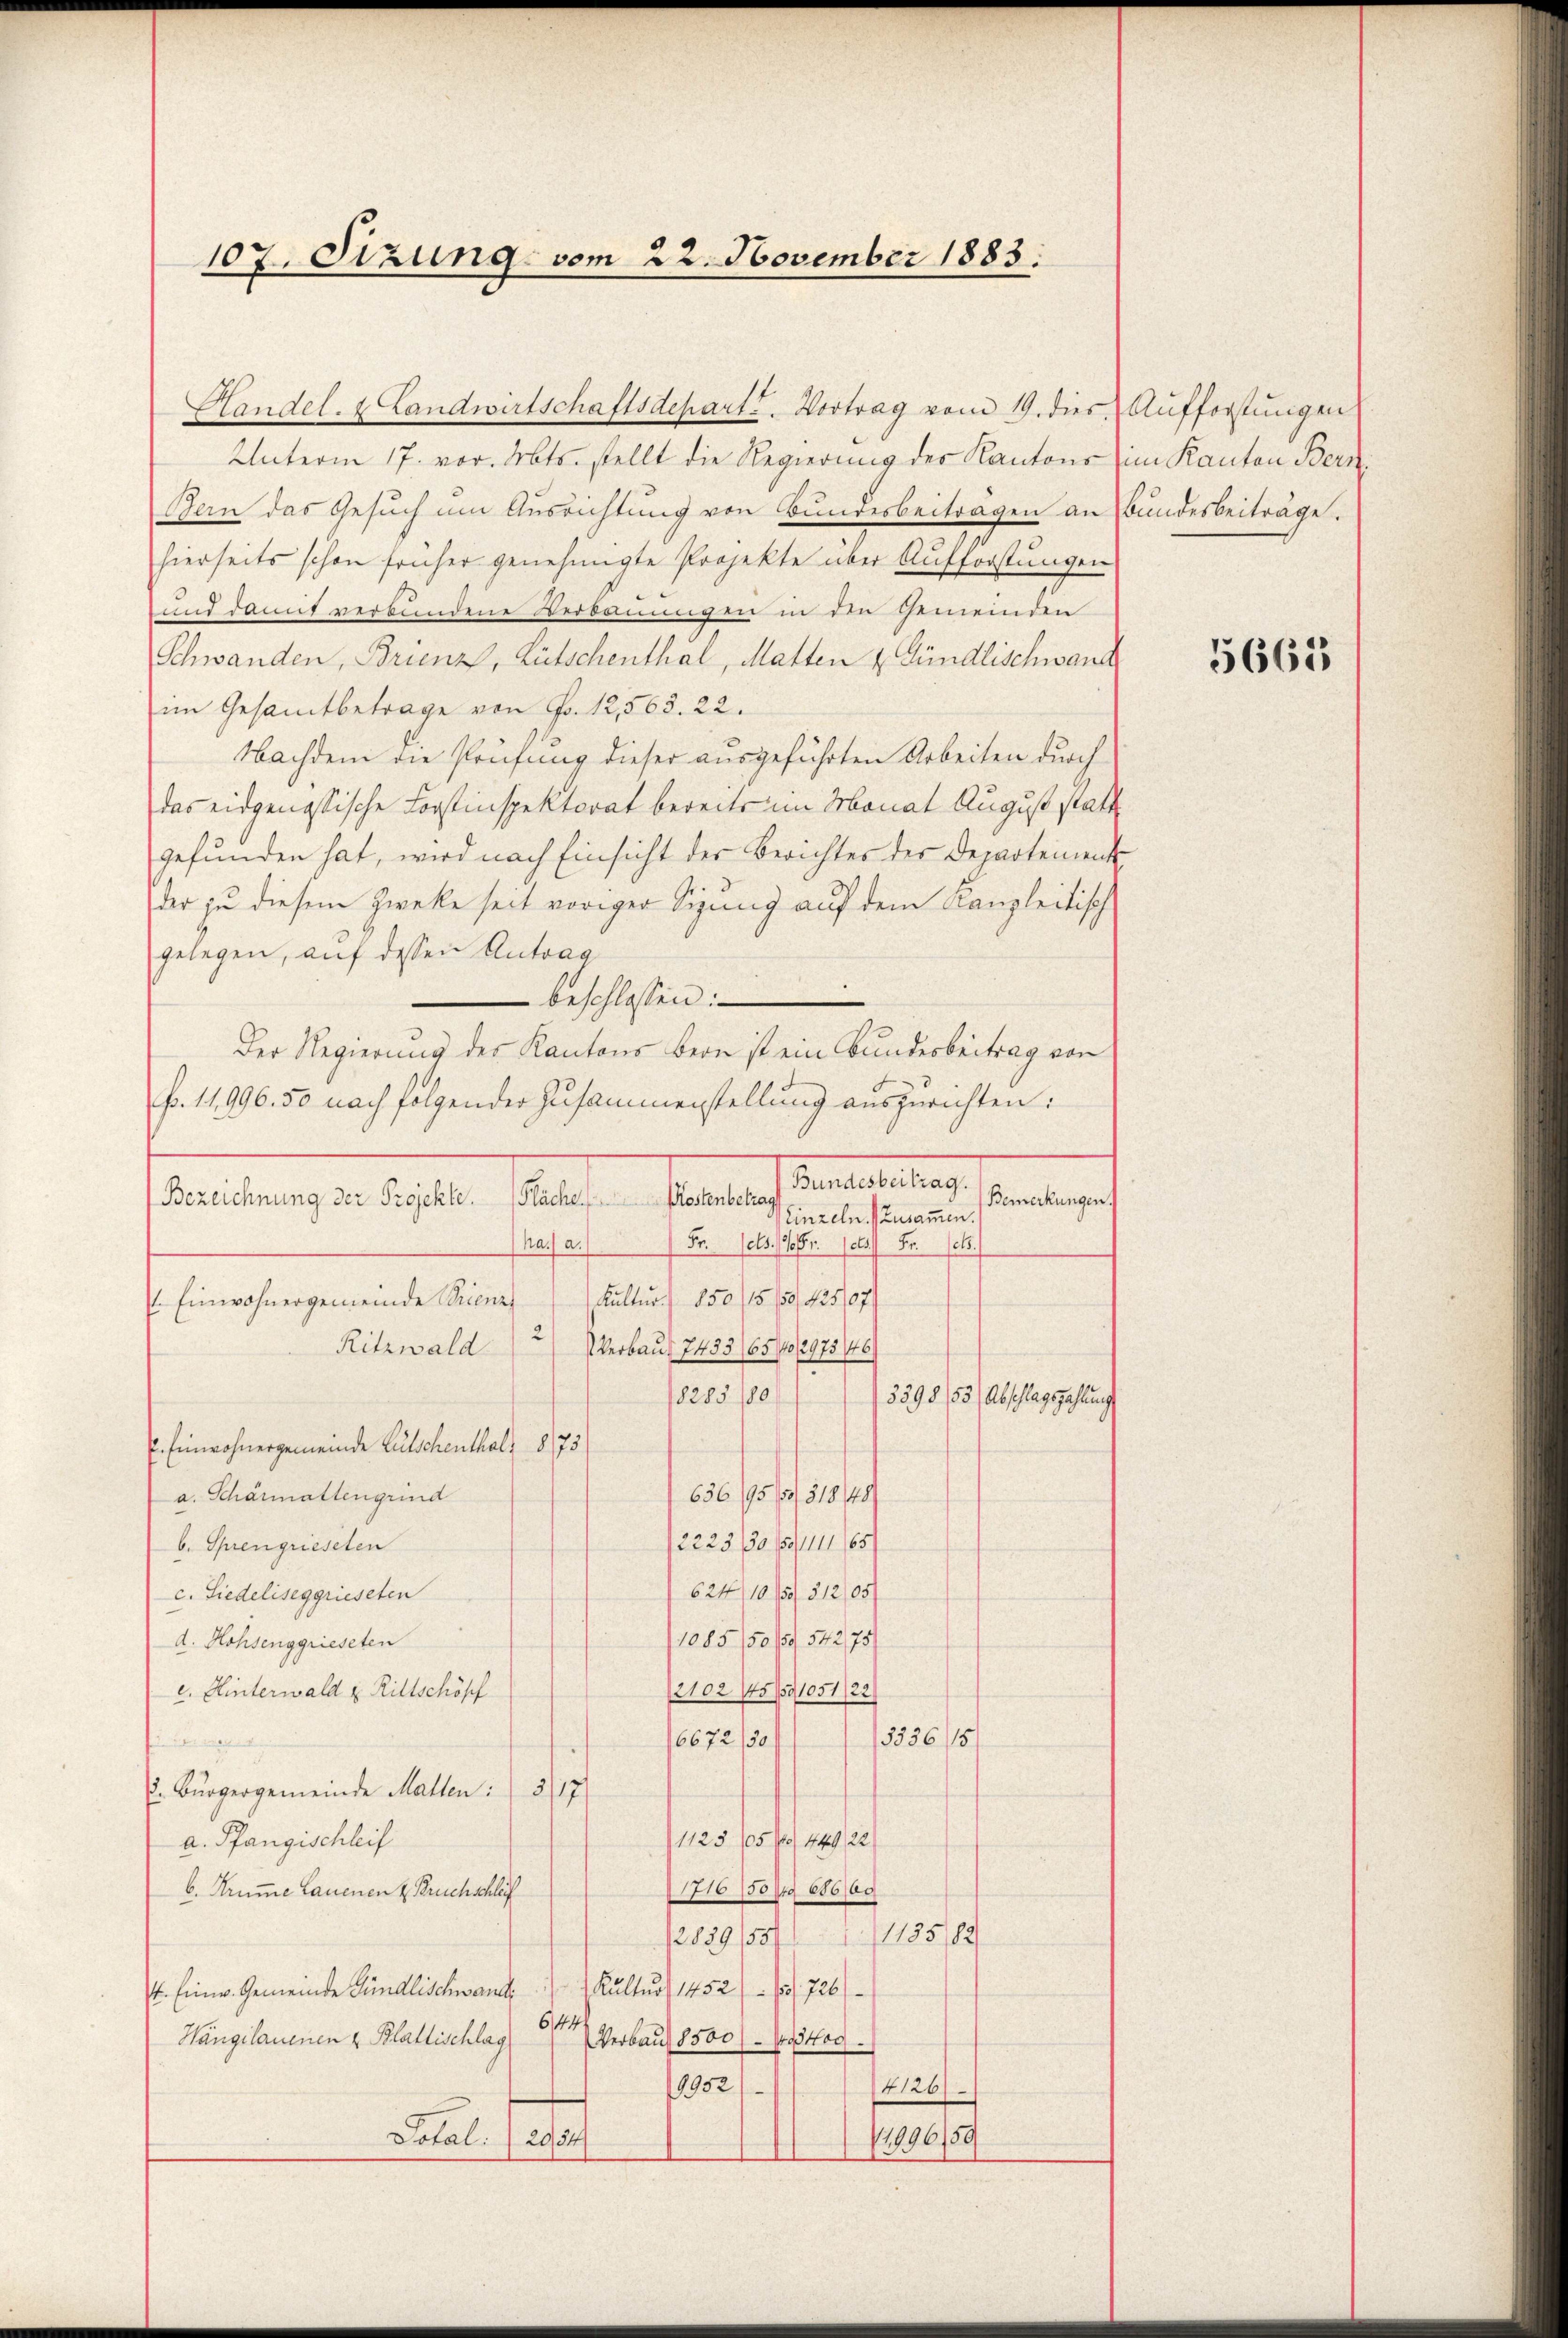
107. Sizung vom 22. November 1883.

Unterm 17. vor. Mts. stellt die Regierung des Kantons im Kanton Bern
Bern das Gesuch um Ausrichtung von Bundesbeiträgen an Bundesbeiträge.
hierseits schon früher genehmigte Projekte über Aufforstungen
und damit verbundene Verdauungen in den Gemeinden
Schwanden, Brienz, Lütschenthal, Matten u. Gündlischwand
im Gesamtbetrage von Fr. 12,563. 22.
Nachdem die Prüfung dieser ausgeführten Arbeiten durch
das eidgenössische Forstinspektorat bereits im Monat August statt
gefunden hat, wird nach Einsicht der Berichtes der Departement
der zu diesem Zwecke seit voriger Sigung auf dem Kanzleitisch
gelegen, auf dessen Antrag
beschlossen:
Der Regierung des Kantons Bern ist ein Bundesbeitrag von
fo. 11,996. 50 nach folgender Zusammenstellung auszurichten:
Secretateurung.
Bemerkungen.
sandten zu besten sollten besten
Einzeln. (Zusammen.
Fr. 103. 116 (s. Br. c.
ha. a.
Kultur. 850/15/0435/07
1. Einwohnergemeinde Brienz
2
Verbaut 7433 (652975/6
Ritzwald
1285 10/
3398/53, Abschlagszahlung
. Einwohnergemeinde Gutschenthal, 875
650 ff.
a. Schärmattengund
12223/50 189111165
b. Sprengrieselen
62410/5/512/05
c. Siedeliseggrieseten
1085/50/54275)
d. Hohsenggrieseten
(2102 /5/591051/22
e. Hinterwald u. Rittschöpf
5536/15
6672/30/
. Bürgergemeinde Malten: 317
1125 (570/ 1892
a. Pfangischleif
710150/ 18000
b. Krumme lauenen & Bruchschlaf
1155/82
2889/55/
Kultus 1452 (1726
t. Einw. Gemeinde Gündlischwand
644/
Verbaut 8500) — Wostoc
Wangelauenen & Blattischlag
9952
14126)
Dotal: 2954
1996/50

Handel- & Landwirtschaftsdepart u. Vortrag vom 19. dies Aufforstŭngen

5665